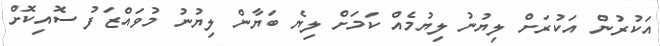
އަކުރުން އަކުރަށް ލިޔުނު ލިޔުމެއް ކަމަށް ލިޔެ ބަޔާން ލިޔުނު މުވައްޒަފު ސޮއިކޮށް